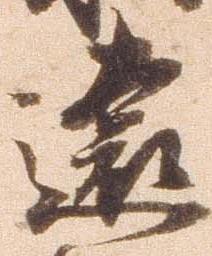
遠